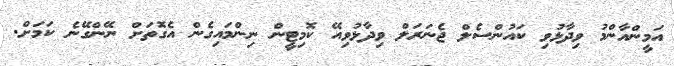
އަމީންއާންމު ވިދާޅުވި ކައުންސެލް ޖެނަރަލް ވިދާޅުވިއޭ ކޮމިޓީން ނިންމައިގެން އެގޮތަށް ނޭންގޭނެ ކަމަށް.